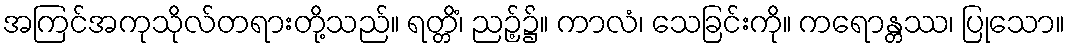
အကြင်အကုသိုလ်တရားတို့သည်။ ရတ္တိံ၊ ညဉ့်၌။ ကာလံ၊ သေခြင်းကို။ ကရောန္တဿ၊ ပြုသော။